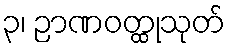
၃၊ ဉာဏဝတ္ထုသုတ်